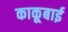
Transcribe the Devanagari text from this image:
काकूबाई